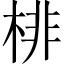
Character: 棑